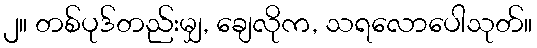
၂။ တစ်ပုဒ်တည်းမျှ, ချေလိုက, သရလောပေါသုတ်။